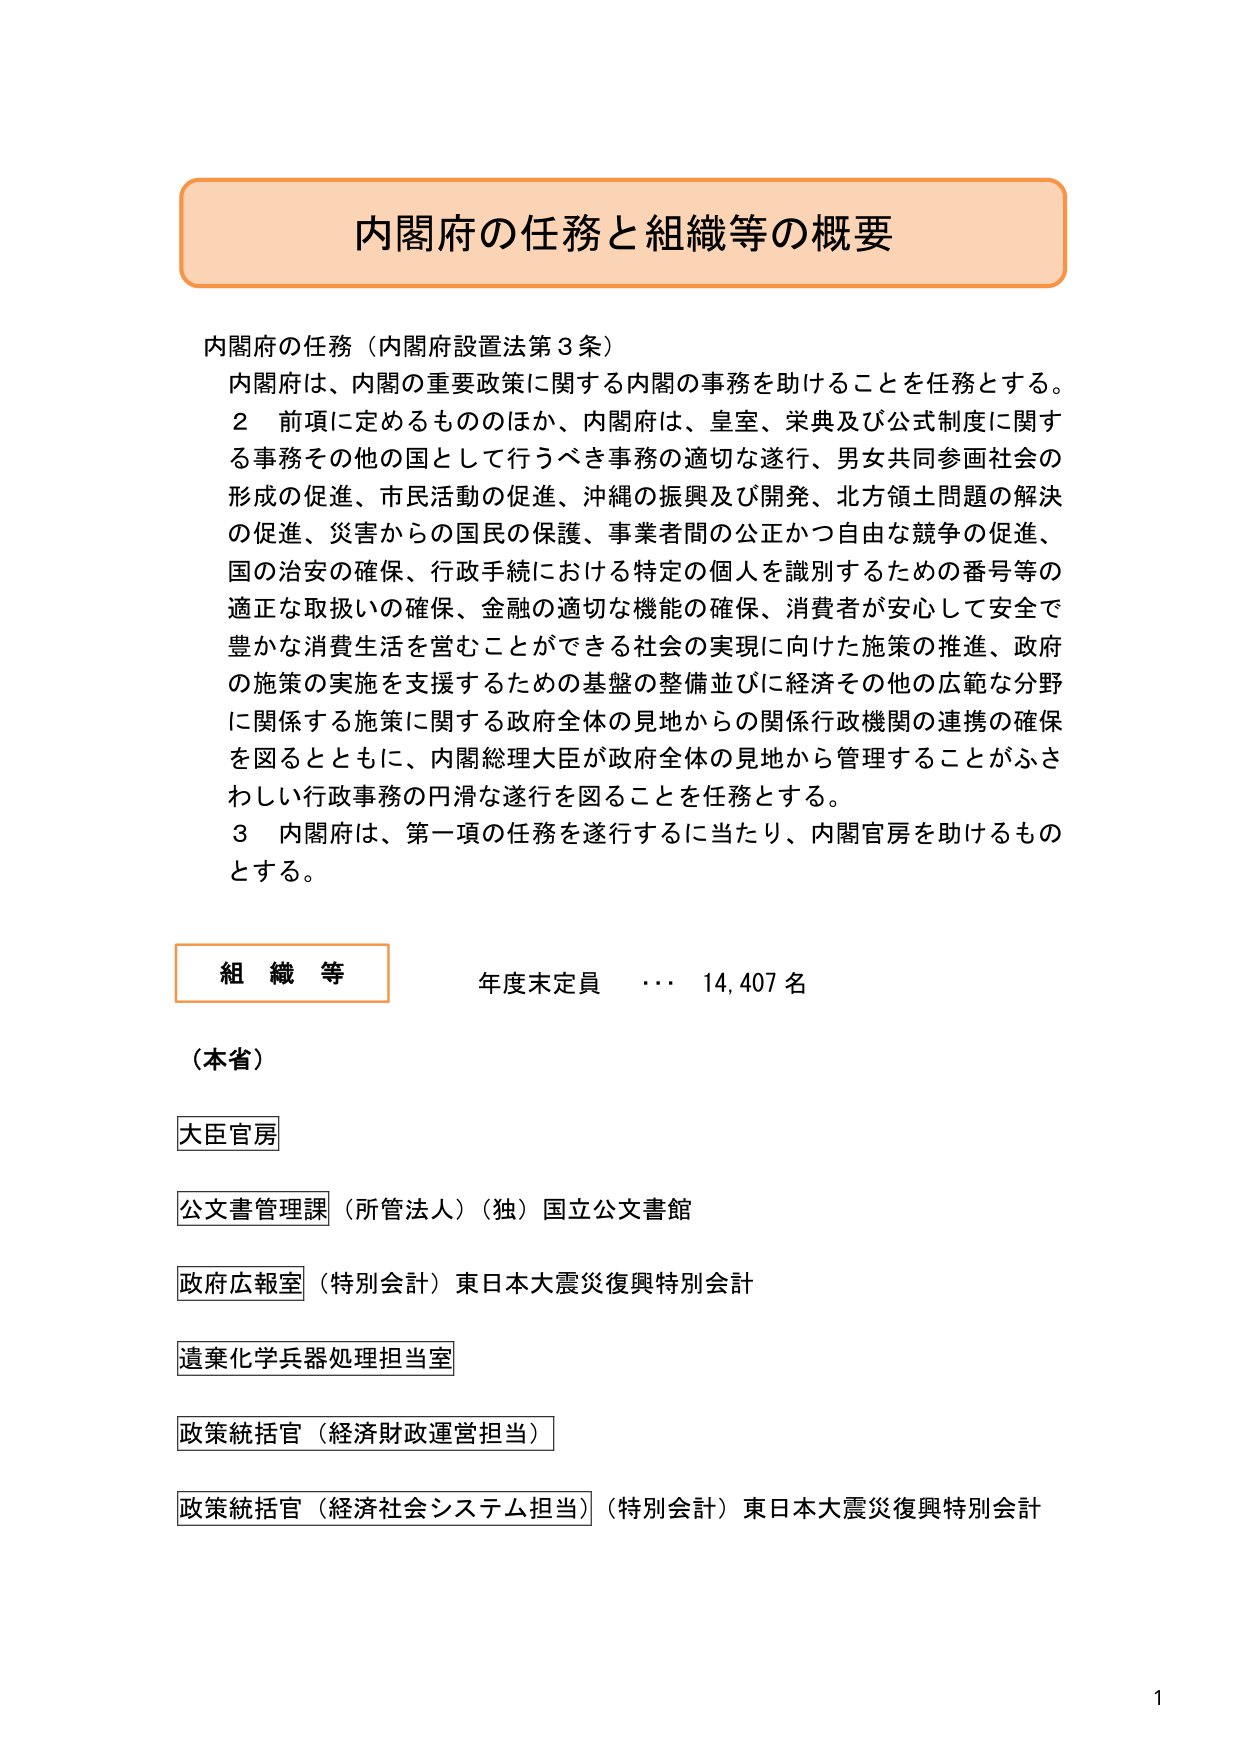
内閣府の任務と組織等の概要

内閣府の任務（内閣府設置法第3条）
内閣府は、内閣の重要政策に関する内閣の事務を助けることを任務とする。
２ 前項に定めるもののほか、内閣府は、皇室、栄典及び公式制度に関する事務その他その国として行うべき事務の適切な遂行、男女共同参画社会の形成の促進、市民活動の促進、沖縄の振興及び開発、北方領土問題の解決の促進、災害からの国民の保護、事業者間の公正かつ自由な競争の促進、国の治安の確保、行政手続における特定の個人を識別するための番号等の適正な取扱いの確保、金融の適切な機能の確保、消費者が安心して安全で豊かな消費生活を営むことができる社会の実現に向けた施策の推進、政府の施策の実施を支援するための基盤の整備並びに経済その他の広範な分野に関係する施策に関する政府全体の見地からの関係行政機関の連携の確保を図るとともに、内閣総理大臣が政府全体の見地から管理することがさわしい行政事務の円滑な遂行を図ることを任務とする。
３ 内閣府は、第一項の任務を遂行するに当たり、内閣官房を助けるものとする。

組織等 年度末定員 … 14,407名

（本省）
大臣官房
公文書管理課（所管法人）（独）国立公文書館
政府広報室（特別会計）東日本大震災復興特別会計
遺棄化学兵器処理担当室
政策統括官（経済財政運営担当）
政策統括官（経済社会システム担当）（特別会計）東日本大震災復興特別会計

1